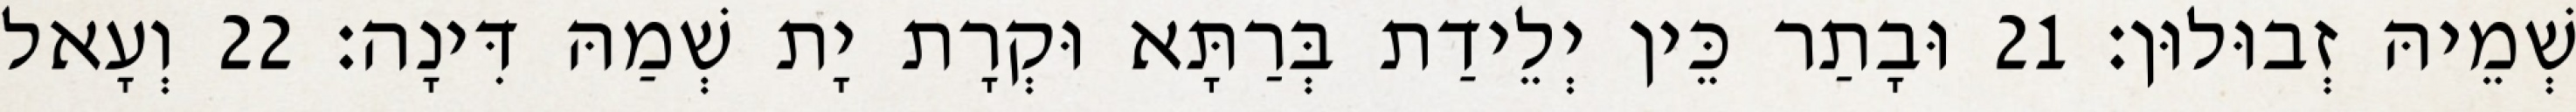
שְׁמֵיהּ זְבוּלוּן׃ 21 וּבָתַר כֵּין יְלֵידַת בְּרַתָּא וּקְרָת יָת שְׁמַהּ דִּינָה׃ 22 וְעָאל